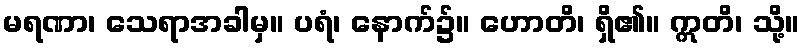
မရဏာ၊ သေရာအခါမှ။ ပရံ၊ နောက်၌။ ဟောတိ၊ ရှိ၏။ ဣတိ၊ သို့။